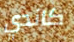
كاندي